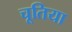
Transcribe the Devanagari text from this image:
चूतिया